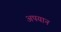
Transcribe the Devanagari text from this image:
अपयान